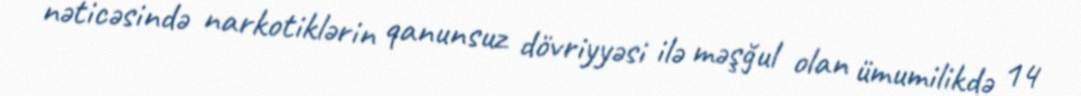
nəticəsində narkotiklərin qanunsuz dövriyyəsi ilə məşğul olan ümumilikdə 14